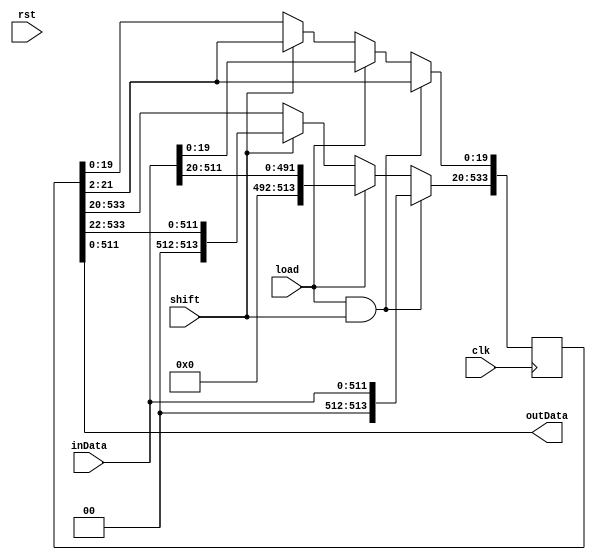
`timescale 1ns / 1ps

module shift2Reg(
input clk,
input rst,
input load,
input shift,
input [511:0] inData,
output [511:0] outData                              
);

reg [533:0] shiftReg;
reg [8:0] k=0;
reg state=0;
assign outData = shiftReg[511:0];

always @(posedge clk)
begin
    if(load & shift)
    begin
        shiftReg[533:20] <= {2'b00,inData};
        shiftReg[19:0] <= {shiftReg[21:2]};
    end
    else if(load)
        shiftReg[533:0] <= {22'h0,inData};
    else if(shift)
        shiftReg <= {2'b00,shiftReg[533:2]};
  end
endmodule